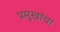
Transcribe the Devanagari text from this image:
प्रमुखांचा